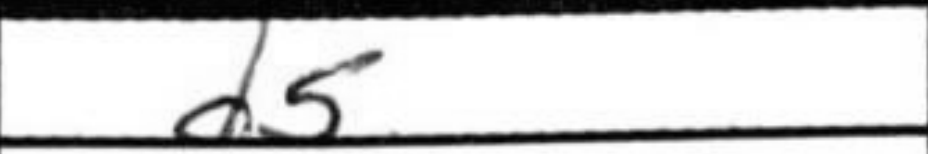
Transcription: d5